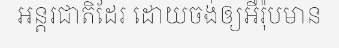
អន្តរជាតិដែរ ដោយចង់ឲ្យអឺរ៉ុបមាន